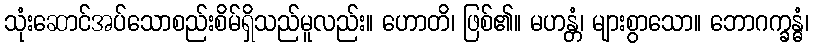
သုံးဆောင်အပ်သောစည်းစိမ်ရှိသည်မူလည်း။ ဟောတိ၊ ဖြစ်၏။ မဟန္တံ၊ များစွာသော။ ဘောဂက္ခန္ဓံ၊